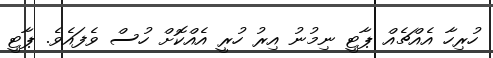
ހުރިހާ އެއްޗެއް ޕާޓީ ނިމުނު އިރު ހުރީ އެއްކޮށް ހުސް ވެފައެވެ. ޕާޓީ